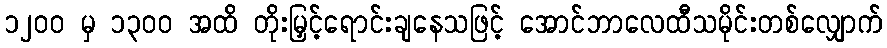
၁၂၀၀ မှ ၁၃၀၀ အထိ တိုးမြှင့်ရောင်းချနေသဖြင့် အောင်ဘာလေထီသမိုင်းတစ်လျှောက်